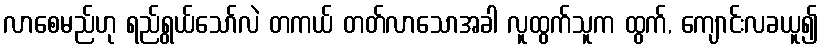
လာစေမည်ဟု ရည်ရွယ်သော်လဲ တကယ် တတ်လာသောအခါ လူထွက်သူက ထွက်, ကျောင်းလခယူ၍